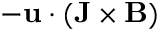
- \mathbf { u } \cdot ( \mathbf { J } \times \mathbf { B } )